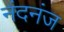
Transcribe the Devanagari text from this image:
नंदनंज